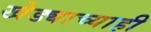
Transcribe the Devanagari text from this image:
खेड्याच्याही